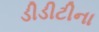
ડીડીટીના